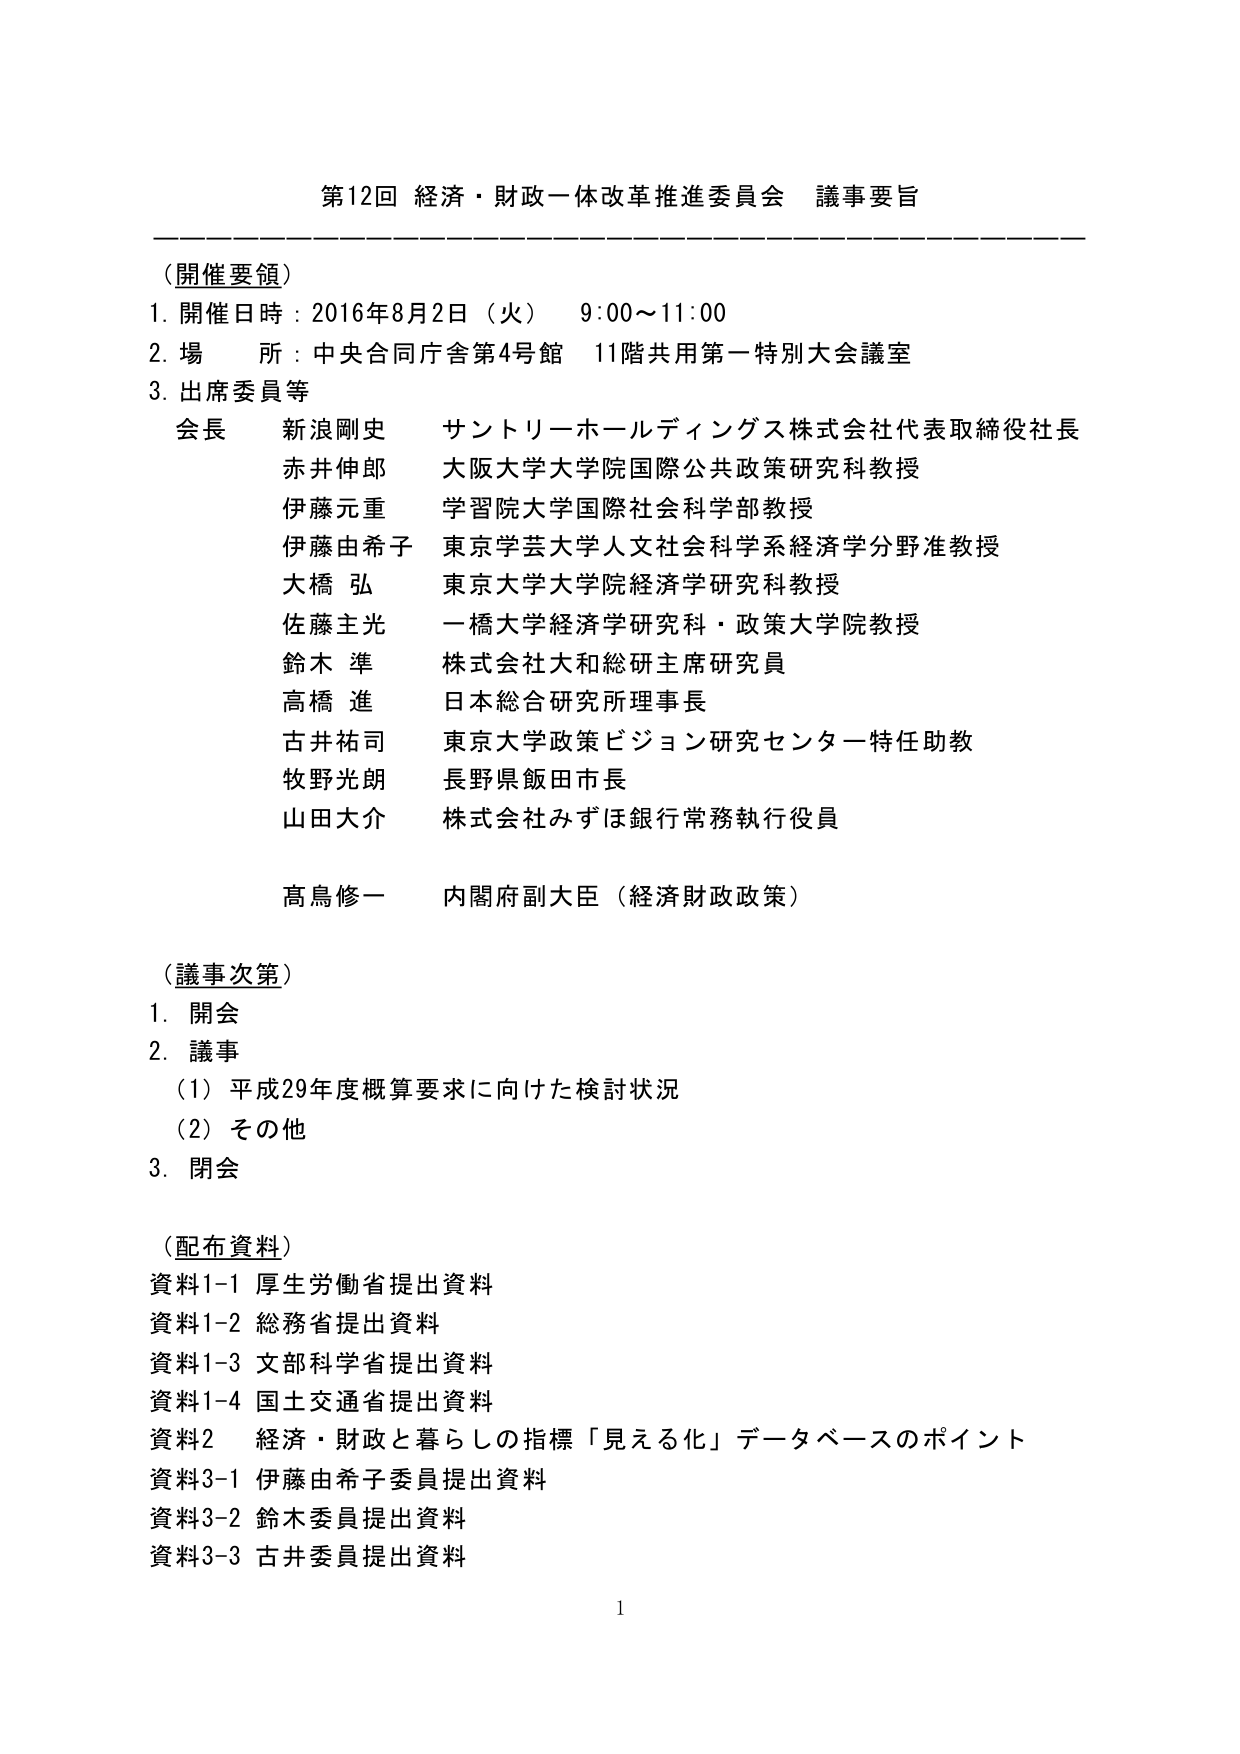
第12回 経済・財政一体改革推進委員会 議事要旨

（開催要領）
1. 開催日時：2016年8月2日（火） 9:00～11:00
2. 場 所：中央合同庁舎第4号館 11階共用第一特別大会議室
3. 出席委員等
　会長 新浪剛史 サントリーホールディングス株式会社代表取締役社長
　　　赤井伸郎 大阪大学大学院国際公共政策研究科教授
　　　伊藤元重 学習院大学国際社会科学部教授
　　　伊藤由希子 東京学芸大学人文社会科学系経済学分野准教授
　　　大橋 弘 東京大学大学院経済学研究科教授
　　　佐藤主光 一橋大学経済学研究科・政策大学院教授
　　　鈴木 準 株式会社大和総研主席研究員
　　　高橋 進 日本総合研究所理事長
　　　古井祐司 東京大学政策ビジョン研究センター特任助教
　　　牧野光朗 長野県飯田市長
　　　山田大介 株式会社みずほ銀行常務執行役員
　　　高鳥修一 内閣府副大臣（経済財政政策）

（議事次第）
1. 開会
2. 議事
　（1）平成29年度概算要求に向けた検討状況
　（2）その他
3. 閉会

（配布資料）
資料1-1 厚生労働省提出資料
資料1-2 総務省提出資料
資料1-3 文部科学省提出資料
資料1-4 国土交通省提出資料
資料2 経済・財政と暮らしの指標「見える化」データベースのポイント
資料3-1 伊藤由希子委員提出資料
資料3-2 鈴木委員提出資料
資料3-3 古井委員提出資料

1